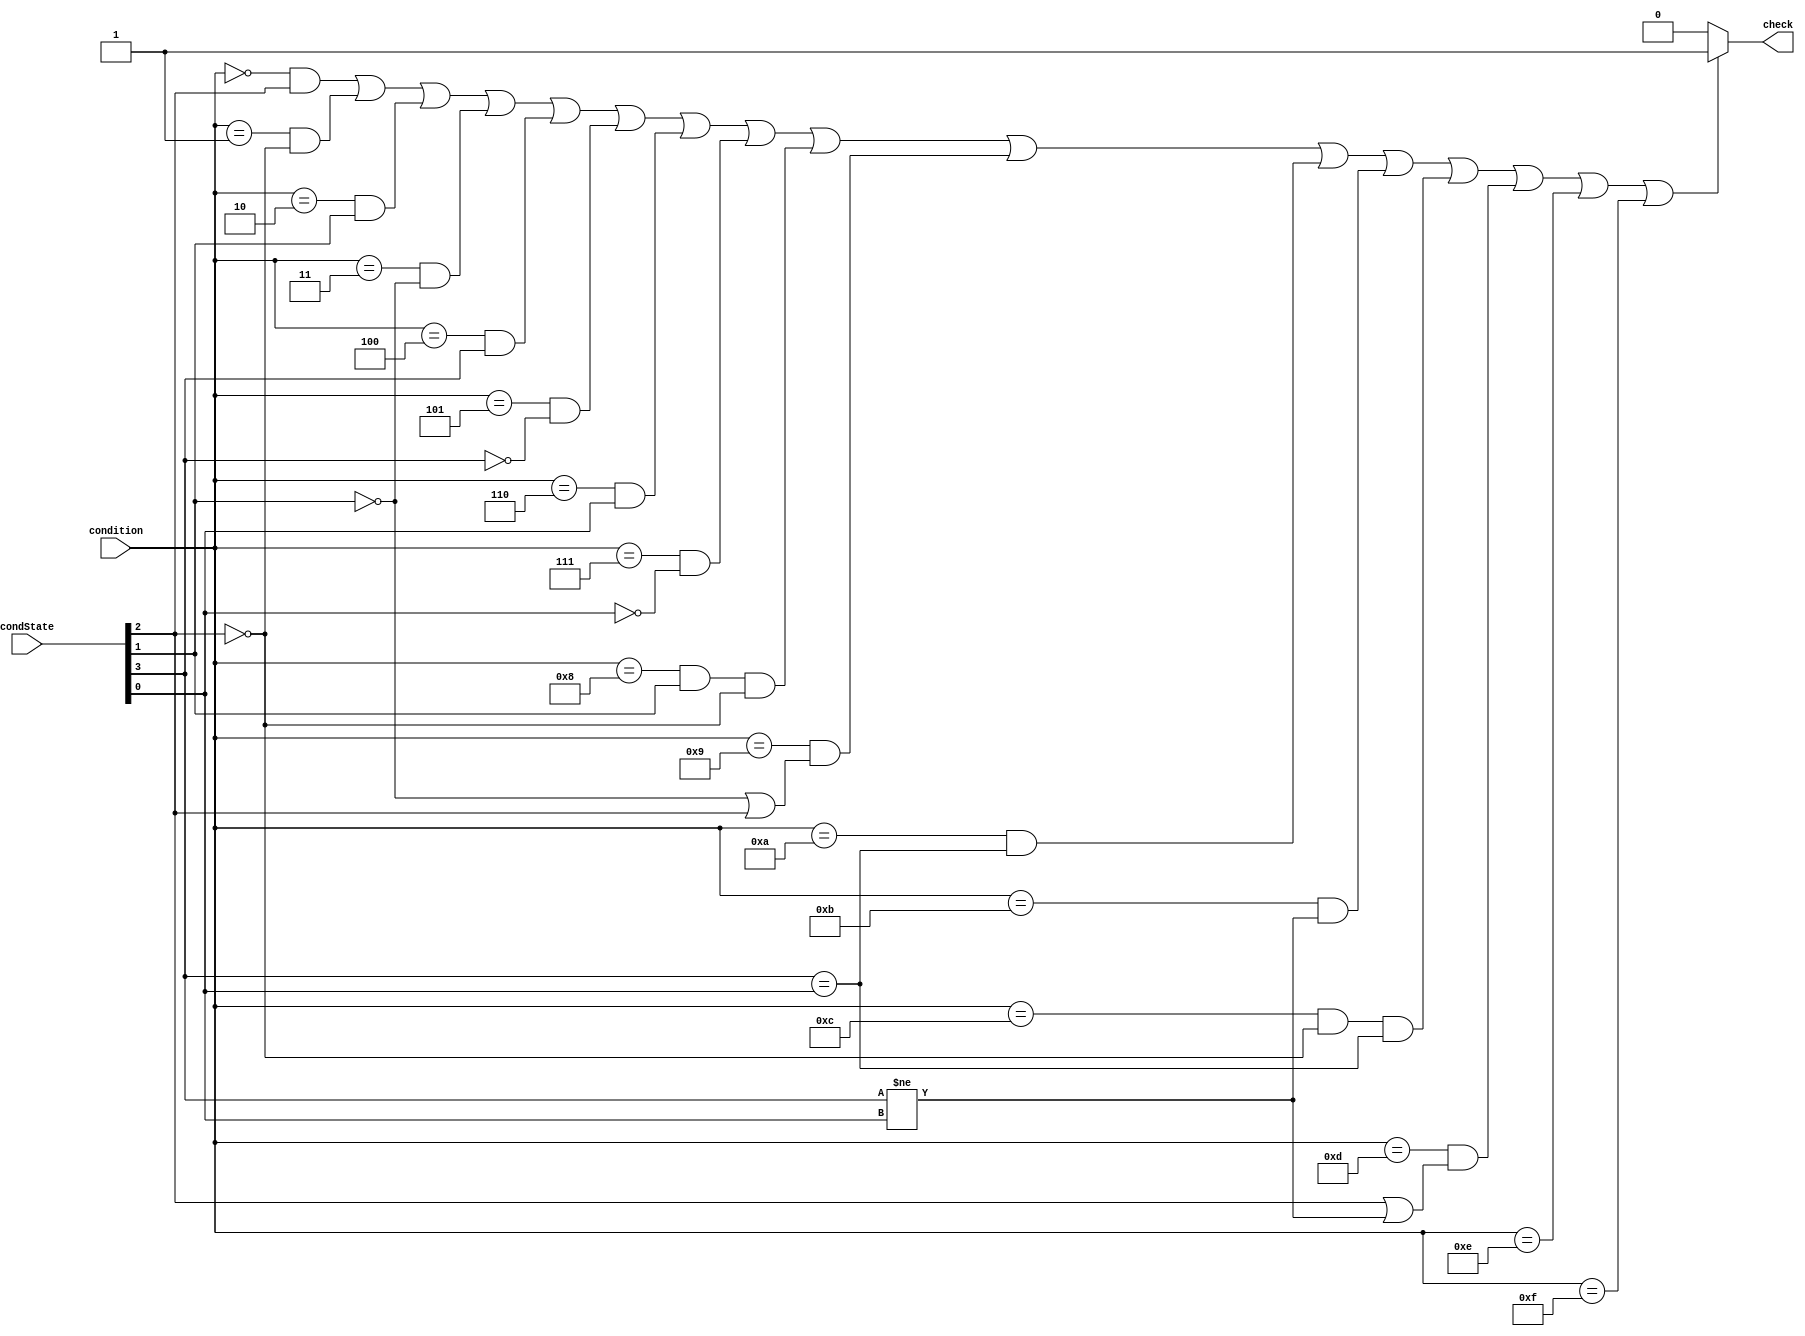
module condition_check (
    input[3:0] condition,
    input[3:0] condState,
    output check
);


 /*   wire v, c, z, n;
    assign v = condState[0];
    assign c = condState[1];
    assign z = condState[2];
    assign n = condState[3];
    */

    assign check = ((condition == 4'b0000 && condState[2] == 1'b1) || (condition == 4'b0001 && condState[2] == 1'b0) || (condition == 4'b0010 && condState[1] == 1'b1)
    || (condition == 4'b0011 && condState[1] == 1'b0) || (condition == 4'b0100 && condState[3] == 1'b1) || (condition == 4'b0101 && condState[3] == 1'b0) 
    || (condition == 4'b0110 && condState[0] == 1'b1) || (condition == 4'b0111 && condState[0] == 1'b0) || (condition == 4'b1000 && condState[1] == 1'b1 && condState[2] == 1'b0)
    || (condition == 4'b1001 && (condState[1] == 1'b0 || condState[2] == 1'b1)) || (condition == 4'b1010 && condState[3] == condState[0]) || (condition == 4'b1011 && condState[3] != condState[0]) 
    || (condition == 4'b1100 && condState[2] == 1'b0 && condState[3] == condState[0]) || (condition == 4'b1101 && (condState[2] == 1'b1 || condState[3] != condState[0])) || (condition == 4'b1110) || (condition == 4'b1111)) ? 1'b1 : 1'b0;

    /*
    always@(*) begin
        if (condition == 4'b0000 && z == 1'b1) begin
            check <= 1'b1;
        end
        else if (condition == 4'b0001 && z == 1'b0) begin
            check<= 1'b1;
        end
        else if (condition == 4'b0010 && c == 1'b1) begin
            check<= 1'b1;
        end
        else if (condition == 4'b0011 && c == 1'b0) begin
            check<= 1'b1;
        end
        else if (condition == 4'b0100 && n == 1'b1) begin
            check<= 1'b1;
        end
        else if (condition == 4'b0101 && n == 1'b0) begin
            check<= 1'b1;
        end
        else if (condition == 4'b0110 && v == 1'b1) begin
            check<= 1'b1;
        end
        else if (condition == 4'b0111 && v == 1'b0) begin
            check<= 1'b1;
        end
        else if (condition == 4'b1000 && c == 1'b1 && z == 1'b0) begin
            check<= 1'b1;
        end
        else if (condition == 4'b1001 && c == 1'b0 || z == 1'b1) begin
            check<= 1'b1;
        end
        else if (condition == 4'b1010 && n == v) begin
            check<= 1'b1;
        end
        else if (condition == 4'b1011 && n != v) begin
            check<= 1'b1;
        end
        else if (condition == 4'b1100 && z == 1'b0 && n == v) begin
            check<= 1'b1;
        end
        else if (condition == 4'b1101 && z == 1'b1 || n != v) begin
            check<= 1'b1;
        end
        else if (condition == 4'b1110) begin
            check<= 1'b1;
        end
        else if (condition == 4'b1111) begin
            check<= 1'b1;
        end
        else begin
            check<= 1'b0;
        end
    end
    */

endmodule